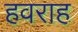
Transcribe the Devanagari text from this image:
हवराह